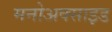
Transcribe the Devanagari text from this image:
मनोअक्‍साइड